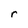
Character: r